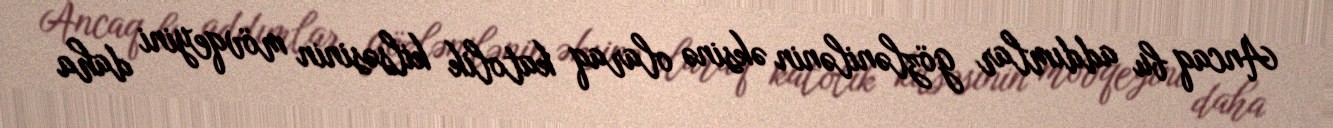
Ancaq bu addımlar gözlənilənin əksinə olaraq katolik kilsəsinin mövqeyini daha